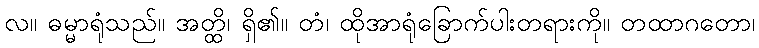
လ။ ဓမ္မာရုံသည်။ အတ္ထိ၊ ရှိ၏။ တံ၊ ထိုအာရုံခြောက်ပါးတရားကို။ တထာဂတော၊